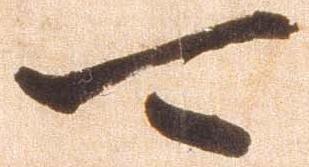
可